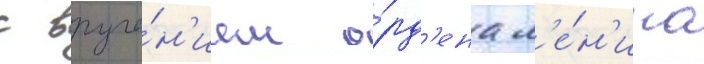
с вруче́н'ием о́рд'ена л'е́н'ина